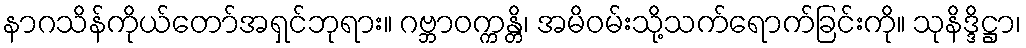
နာဂသိန်ကိုယ်တော်အရှင်ဘုရား။ ဂဗ္ဘာဝက္ကန္တိ၊ အမိဝမ်းသို့သက်ရောက်ခြင်းကို။ သုနိဒ္ဒိဋ္ဌာ၊